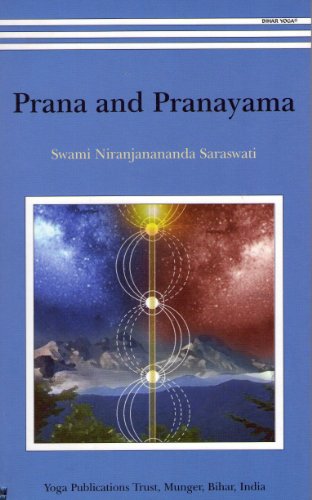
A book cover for Prana And Pranayama; Swami Niranjanananda Saraswati; Religion & Spirituality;